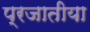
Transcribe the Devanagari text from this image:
प्रजातीया